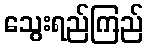
သွေးရည်ကြည်